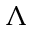
\Lambda